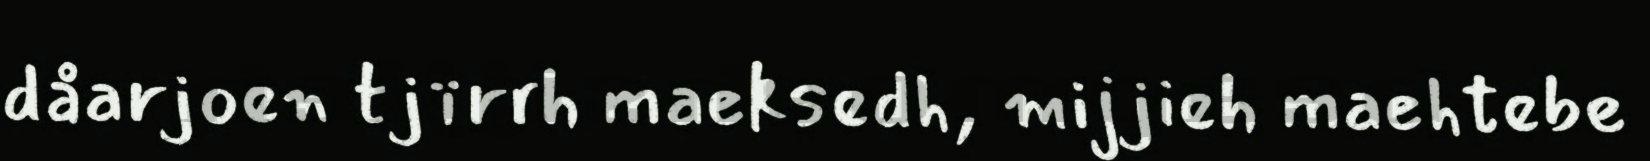
dåarjoen tjïrrh maeksedh, mijjieh maehtebe